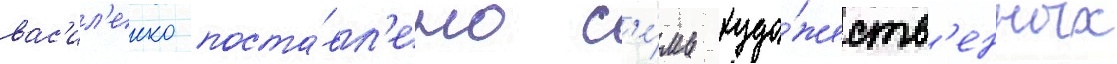
вас'ил'енко поста́вл'ено с'е́мь худо́жеств'енных